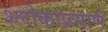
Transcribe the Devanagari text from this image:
श्लोकाप्रमाणे